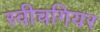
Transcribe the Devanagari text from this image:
स्वीचगियर